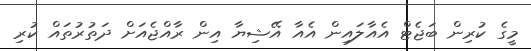
މީގެ ކުރިން ބަޖެޓް އެއާލައިން އެއާ އޭޝިޔާ އިން ރާއްޖެއަށް ދަތުރުތައް ކުރި